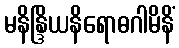
မနိန္ဒြိယနိရောဓဂါမိနိံ